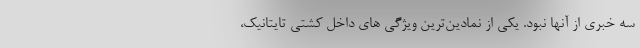
سه خبری از آنها نبود. یکی از نمادین‌ترین ویژگی های داخل کشتی تایتانیک،